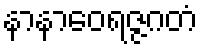
နာနာဝေရဇ္ဇဂတံ